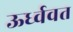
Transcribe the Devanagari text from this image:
ऊर्ध्ववत